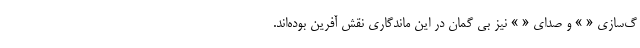
گ‌سازی «‌ » و صدای « » نیز بی گمان در این ماندگاری نقش آفرین بوده‌اند.